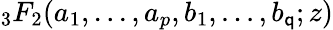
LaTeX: {}_{3}F_{2}({a_{1},...,a_{p}},{b_{1},...,b_{\mathsf{q}}};z)